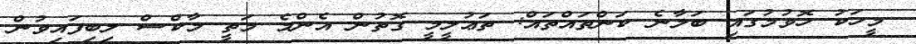
މީހަކު ހޮވުމުގައި ބަލާނެ ކަންތައްތައް: ތަޢުލީމީ ގޮތުން އެންމެ މަތީ މާކްސް ލިބިފައިވުން